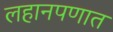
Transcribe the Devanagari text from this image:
लहानपणात